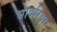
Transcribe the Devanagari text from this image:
भादरिया